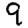
Digit: 9